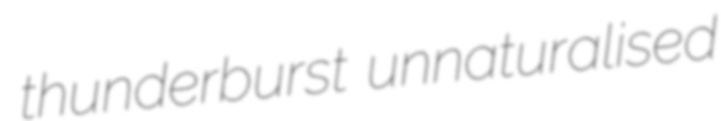
thunderburst unnaturalised